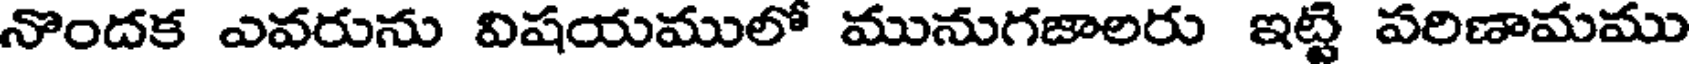
నొందక ఎవరును విషయములో మునుగజాలరు ఇట్టి పరిణామము